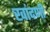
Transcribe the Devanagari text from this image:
खांदणी